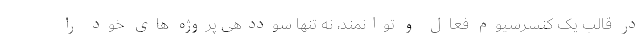
در قالب یک کنسرسیوم فعال و توانمند، نه تنها سوددهی پروژه های خود را